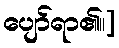
ပျော်ရာ၏။]